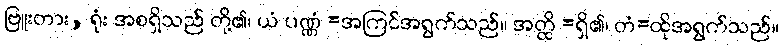
ဗြူးတား, ရုံး အစရှိသည် တို့၏၊ ယံ ပဏ္ဏံ =အကြင်အရွက်သည်။ အတ္ထိ =ရှိ၏၊ တံ=ထိုအရွက်သည်။